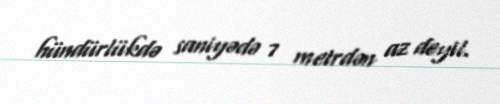
hündürlükdə saniyədə 7 metrdən az deyil.